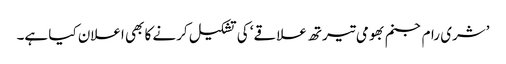
’شری رام جنم بھومی تیرتھ علاقے‘ کی تشکیل کرنے کا بھی اعلان کیا ہے۔